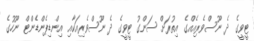
ޓީވީގެ ދެ ނޫސްވެރިއެއްގެ އިތުރަށް ސަންގު ޓީވީގެ ދެ ނޫސްވެރިއަކާއި އިންޑިޕެންޑެންޓް ނޫހުގެ